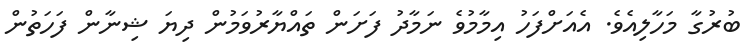
ބުރުގާ މަހާލިއެވެ. އެއަށްފަހު އިމާމުވެ ނަމާދު ފަށަން ތައްޔާރުވަމުން ދިޔަ ޝިނާން ފަހަތުން